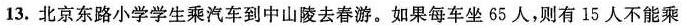
13.北京东路小学学生乘汽车到中山陵去春游。如果每车坐65人，则有15人不能乘